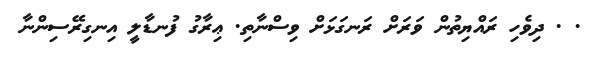
. . ދިވެހި ރައްޔިތުން ވަރަށް ރަނގަޅަށް ވިސްނާތި. ޢިރާގު ފުނޑާލީ އިނގިރޭސިންނާ